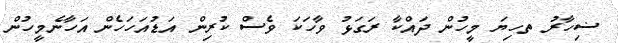
ޟިހާރު ތހިޔަ މީހުން ދައްކާ ރަގަޅު ވާހަކަ ވެސް ކުރިން އަޑުއަހަަހެން އަހާނެމީހުން